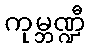
ကုမ္ဘဏ္ဍီ